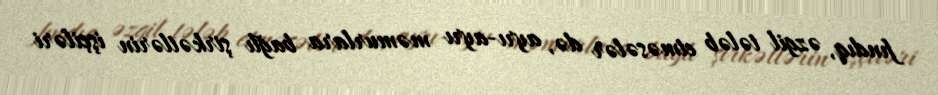
fındıq, əzgil tələb etməsələr də, ayrı-ayrı məmurlara bağlı şirkətlərin işçiləri